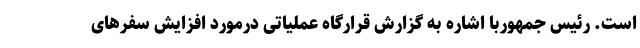
است. رئیس جمهوربا اشاره به گزارش قرارگاه عملیاتی درمورد افزایش سفرهای